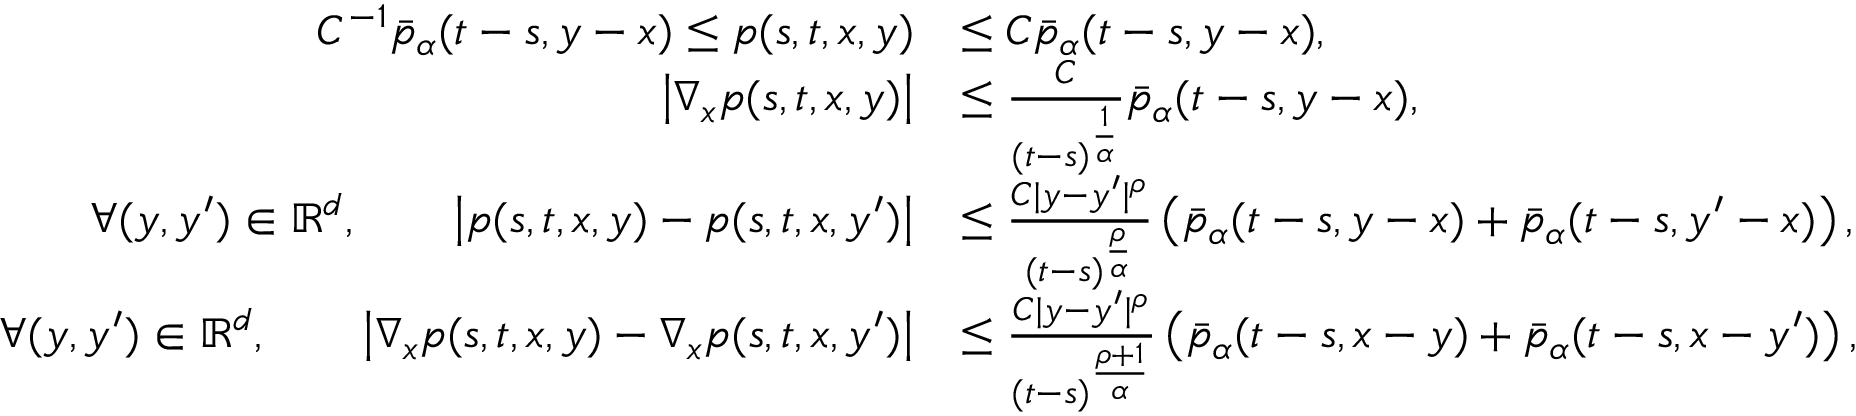
\begin{array} { r l } { C ^ { - 1 } \bar { p } _ { \alpha } ( t - s , y - x ) \leq p ( s , t , x , y ) } & { \leq C \bar { p } _ { \alpha } ( t - s , y - x ) , } \\ { \left| \nabla _ { x } p ( s , t , x , y ) \right| } & { \leq \frac { C } { ( t - s ) ^ { \frac { 1 } { \alpha } } } \bar { p } _ { \alpha } ( t - s , y - x ) , } \\ { \forall ( y , y ^ { \prime } ) \in \mathbb { R } ^ { d } , \qquad \left| p ( s , t , x , y ) - p ( s , t , x , y ^ { \prime } ) \right| } & { \leq \frac { C | y - y ^ { \prime } | ^ { \rho } } { ( t - s ) ^ { \frac { \rho } { \alpha } } } \left( \bar { p } _ { \alpha } ( t - s , y - x ) + \bar { p } _ { \alpha } ( t - s , y ^ { \prime } - x ) \right) , } \\ { \forall ( y , y ^ { \prime } ) \in \mathbb { R } ^ { d } , \qquad \left| \nabla _ { x } p ( s , t , x , y ) - \nabla _ { x } p ( s , t , x , y ^ { \prime } ) \right| } & { \leq \frac { C | y - y ^ { \prime } | ^ { \rho } } { ( t - s ) ^ { \frac { \rho + 1 } { \alpha } } } \left( \bar { p } _ { \alpha } ( t - s , x - y ) + \bar { p } _ { \alpha } ( t - s , x - y ^ { \prime } ) \right) , } \end{array}